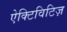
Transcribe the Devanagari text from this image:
ऐक्टिविटिज़